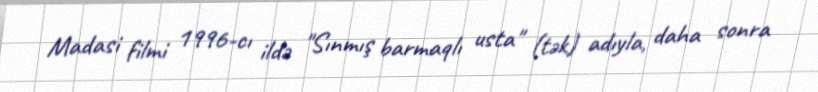
Madasi filmi 1996-cı ildə "Sınmış barmaqlı usta" (tək) adıyla, daha sonra